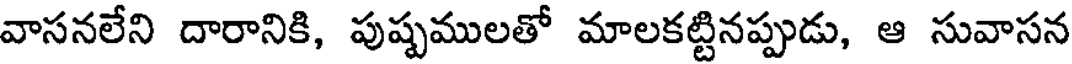
వాసనలేని దారానికి, పుష్పములతో మాలకట్టినప్పుడు, ఆ సువాసన